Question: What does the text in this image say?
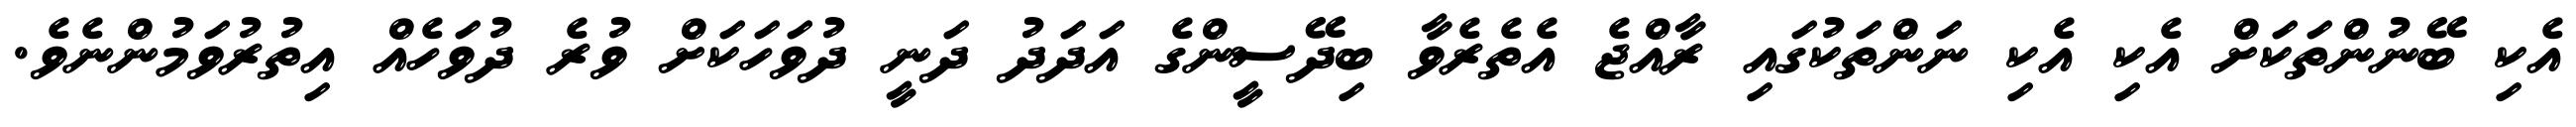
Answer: އެކި ބޭނުންތަކަށް އެކި އެކި ނަންތަކުގައި ރާއްޖެ އެތެރެވާ ބިދޭސީންގެ އަދަދު ދަނީ ދުވަހަކަށް ވުރެ ދުވަހެއް އިތުރުވަމުންނެވެ.